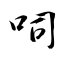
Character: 呞